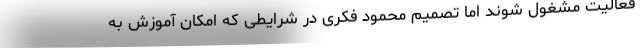
فعالیت مشغول شوند اما تصمیم محمود فکری در شرایطی که امکان آموزش به